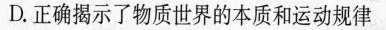
D.正确揭示了物质世界的本质和运动规律